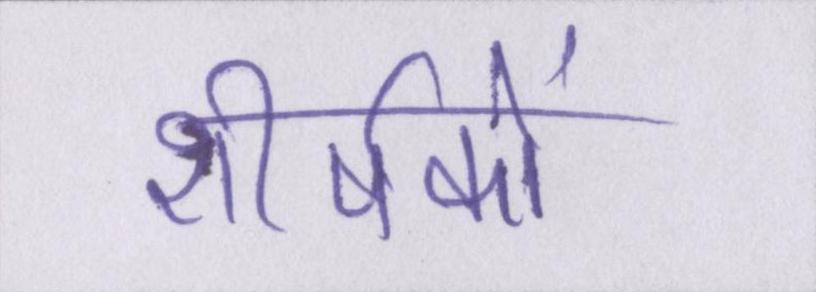
शीर्षकों